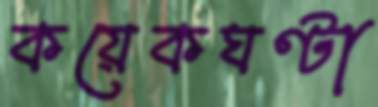
কয়েকঘণ্টা